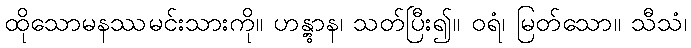
ထိုသောမနဿမင်းသားကို။ ဟန္တွာန၊ သတ်ပြီး၍။ ဝရံ၊ မြတ်သော။ သီသံ၊